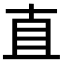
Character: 直